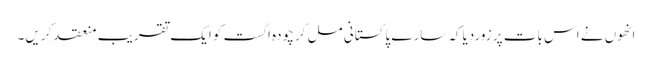
انھوں نے اس بات پر زوردیاکہ سارے پاکستانی مل کر چودہ اگست کو ایک تقریب منعقد کریں۔